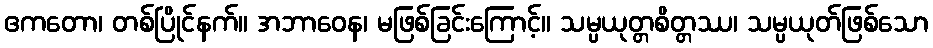
ဧကတော၊ တစ်ပြိုင်နက်။ အဘာဝေန၊ မဖြစ်ခြင်းကြောင့်။ သမ္ပယုတ္တစိတ္တဿ၊ သမ္ပယုတ်ဖြစ်သော